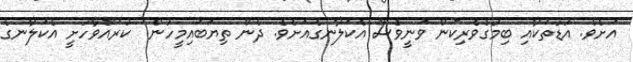
އަށެވެ. އުޑުތަކާއި ބިމުގެވެރިކަން ވަނީވެސް އެކަލާނގެއަށެވެ. ދެން ތިޔަބައިމީހުން  ކުރައްވާހުށީ އެކަލާނގެ